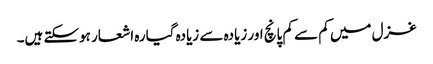
غزل میں کم سے کم پانچ اور زیادہ سے زیادہ گیارہ اشعار ہوسکتے ہیں۔